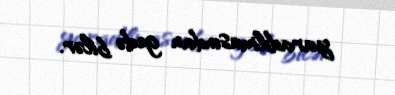
yaradılmasından gedə bilər.